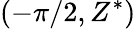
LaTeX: (-\pi/2,Z^{*})